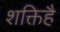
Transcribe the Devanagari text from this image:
शक्तिहै